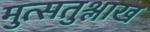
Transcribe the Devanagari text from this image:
मुत्सतुश्लाख